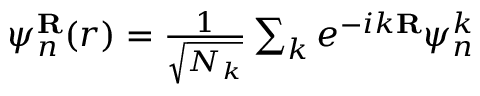
\begin{array} { r } { \psi _ { n } ^ { \bf R } ( r ) = \frac { 1 } { \sqrt { N _ { k } } } \sum _ { k } e ^ { - i k { \bf R } } \psi _ { n } ^ { k } } \end{array}